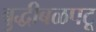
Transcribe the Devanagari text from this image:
बुद्धीबळपटू